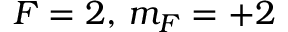
F = 2 , \, m _ { F } = + 2